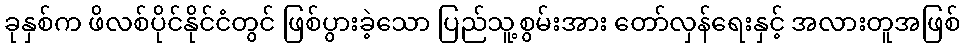
ခုနှစ်က ဖိလစ်ပိုင်နိုင်ငံတွင် ဖြစ်ပွားခဲ့သော ပြည်သူ့စွမ်းအား တော်လှန်ရေးနှင့် အလားတူအဖြစ်